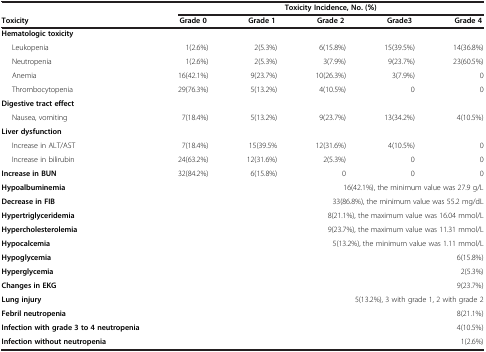
|  | <COLSPAN=5> Toxicity Incidence, No. (%) |
 | Toxicity | Grade 0 | Grade 1 | Grade 2 | Grade3 | Grade 4 |
 | --- | --- | --- | --- | --- | --- |
 | Hematologic toxicity |  |  |  |  |  |
 | Leukopenia | 1(2.6%) | 2(5.3%) | 6(15.8%) | 15(39.5%) | 14(36.8%) |
 | Neutropenia | 1(2.6%) | 2(5.3%) | 3(7.9%) | 9(23.7%) | 23(60.5%) |
 | Anemia | 16(42.1%) | 9(23.7%) | 10(26.3%) | 3(7.9%) | 0 |
 | Thrombocytopenia | 29(76.3%) | 5(13.2%) | 4(10.5%) | 0 | 0 |
 | Digestive tract effect |  |  |  |  |  |
 | Nausea, vomiting | 7(18.4%) | 5(13.2%) | 9(23.7%) | 13(34.2%) | 4(10.5%) |
 | Liver dysfunction |  |  |  |  |  |
 | Increase in ALT/AST | 7(18.4%) | 15(39.5% | 12(31.6%) | 4(10.5%) | 0 |
 | Increase in bilirubin | 24(63.2%) | 12(31.6%) | 2(5.3%) | 0 | 0 |
 | Increase in BUN | 32(84.2%) | 6(15.8%) | 0 | 0 | 0 |
 | Hypoalbuminemia | <COLSPAN=5> 16(42.1%), the minimum value was 27.9 g/L |
 | Decrease in FIB | <COLSPAN=5> 33(86.8%), the minimum value was 55.2 mg/dL |
 | Hypertriglyceridemia | <COLSPAN=5> 8(21.1%), the maximum value was 16.04 mmol/L |
 | Hypercholesterolemia | <COLSPAN=5> 9(23.7%), the maximum value was 11.31 mmol/L |
 | Hypocalcemia | <COLSPAN=5> 5(13.2%), the minimum value was 1.11 mmol/L |
 | Hypoglycemia | <COLSPAN=5> 6(15.8%) |
 | Hyperglycemia | <COLSPAN=5> 2(5.3%) |
 | Changes in EKG | <COLSPAN=5> 9(23.7%) |
 | Lung injury | <COLSPAN=5> 5(13.2%), 3 with grade 1, 2 with grade 2 |
 | Febril neutropenia | <COLSPAN=5> 8(21.1%) |
 | Infection with grade 3 to 4 neutropenia | <COLSPAN=5> 4(10.5%) |
 | Infection without neutropenia | <COLSPAN=5> 1(2.6%) |